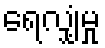
ရေလျှံမှု